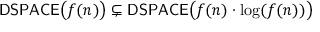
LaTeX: { \mathsf { D S P A C E } } { \big ( } f ( n ) { \big ) } \subsetneq { \mathsf { D S P A C E } } { \big ( } f ( n ) \cdot \log ( f ( n ) ) { \big ) }